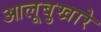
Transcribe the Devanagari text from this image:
आलूबुखारे